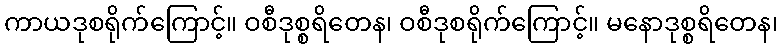
ကာယဒုစရိုက်ကြောင့်။ ဝစီဒုစ္စရိတေန၊ ဝစီဒုစရိုက်ကြောင့်။ မနောဒုစ္စရိတေန၊